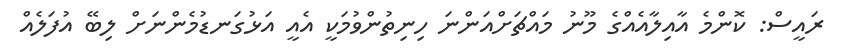
ރައީސް: ކޮންމެ އާއިލާއެއްގެ މޫނު މައްޗަށްއަންނަ ހިނިތުންވުމަކީ އެއީ އަޅުގަނޑުމެންނަށް ލިބޭ އުފަލެއް